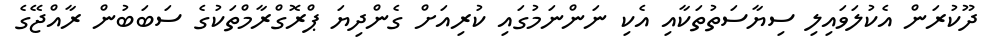
ދޫކުރަން އެކުލަވައިލި ސިޔާސަތުތަކާއި އެކި ނަންނަމުގައި ކުރިއަށް ގެންދިޔަ ޕްރޮގްރާމްތަކުގެ ސަބަބުން ރާއްޖޭގެ